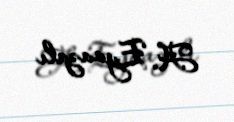
A. Eyvazalı